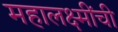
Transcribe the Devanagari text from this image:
महालक्ष्मींची